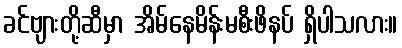
ခင်ဗျားတို့ဆီမှာ အိမ်နေမိန်းမစီးဖိနပ် ရှိပါသလား။